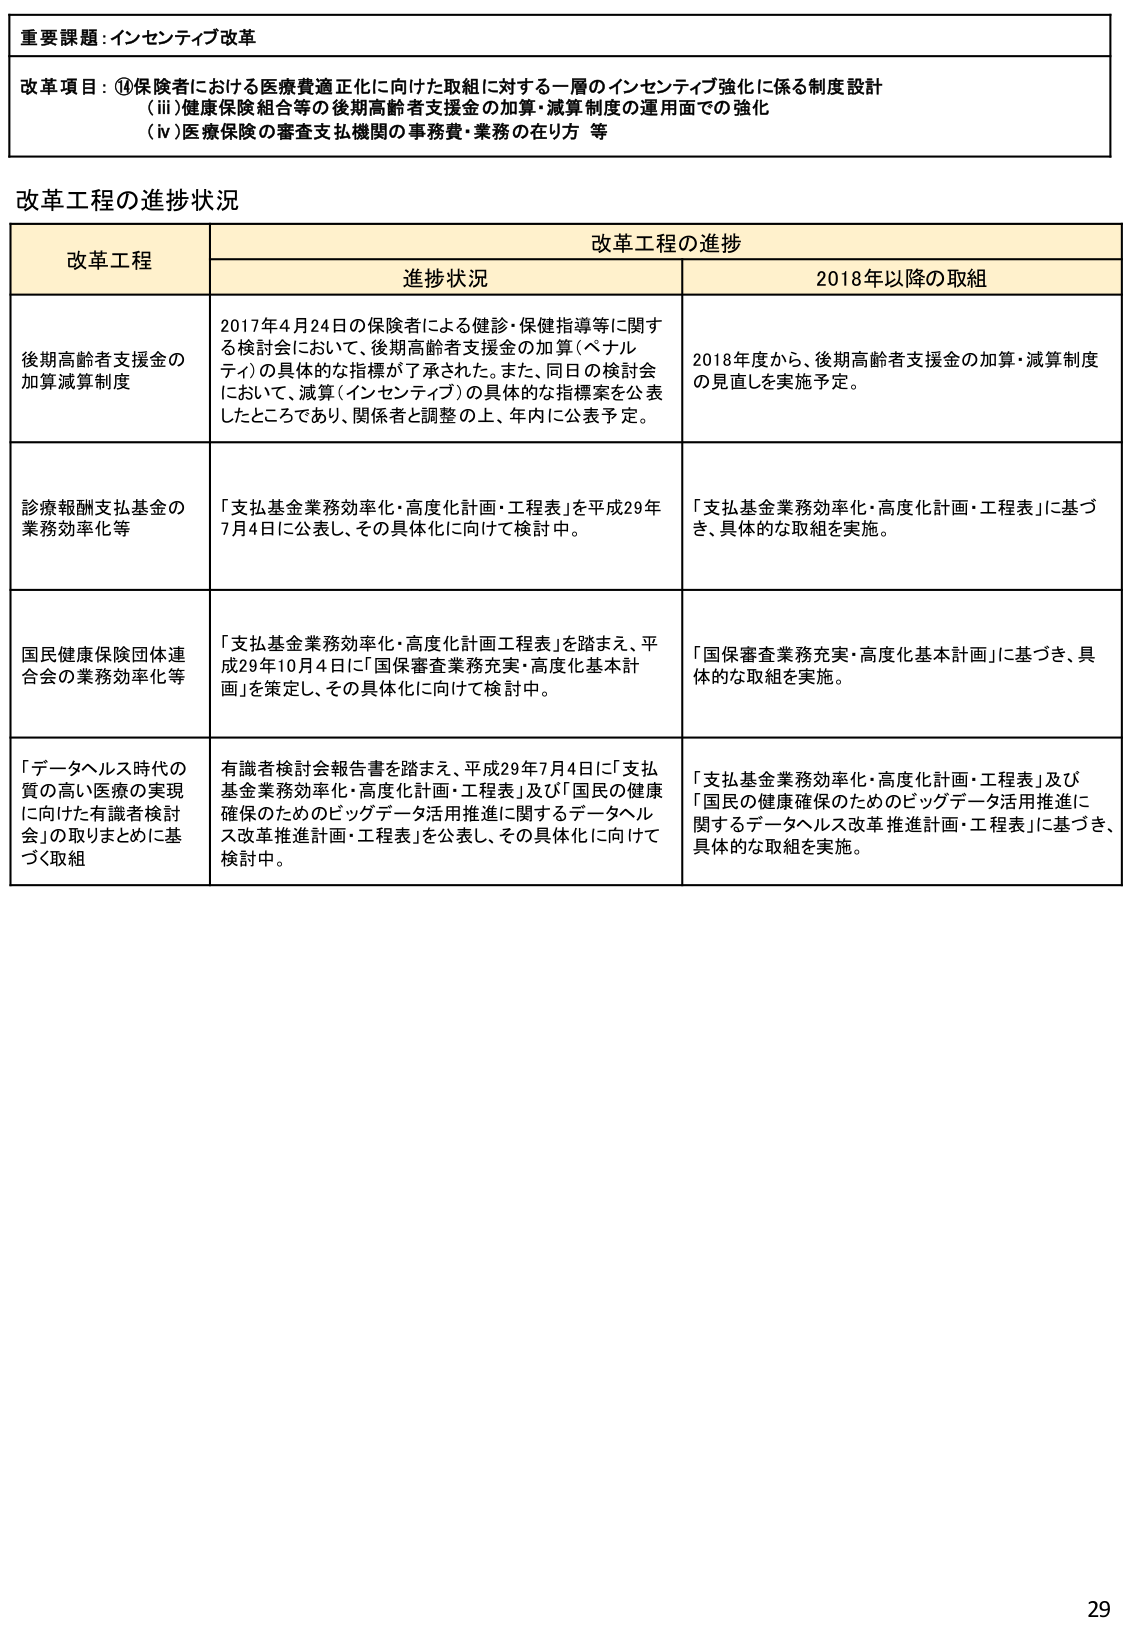
重要課題：インセンティブ改革

改革項目：⑭保険者における医療費適正化に向けた取組に対する一層のインセンティブ強化に係る制度設計
（ⅲ）健康保険組合等の後期高齢者支援金の加算・減算制度の運用面での強化
（ⅳ）医療保険の審査支払機関の事務費・業務の在り方 等

改革工程の進捗状況

改革工程